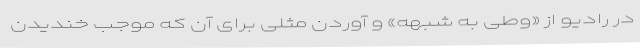
در رادیو از «وطی به شُبهه» و آوردن مَثَلی برای آن که موجب خندیدن